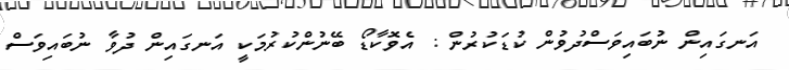
އަނގައިން ނުބައިވަސްދުވުން ކުޑަކުރުން : އެވޮކާޑޯ ބޭނުންކުރުމަކީ އަނގައިން ދުވާ ނުބައިވަސް